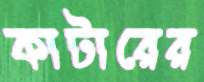
কাটারের